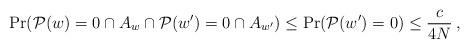
LaTeX: \begin{align*}\Pr({\cal P}(w)=0 \cap A_w \cap {\cal P}(w')=0\cap A_{w'}) \leq \Pr({\cal P}(w')=0) \leq \frac{c}{4N}\:,\end{align*}